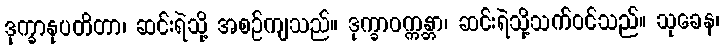
ဒုက္ခာနုပတိတာ၊ ဆင်းရဲသို့ အစဉ်ကျသည်။ ဒုက္ခာဝက္ကန္တာ၊ ဆင်းရဲသို့သက်ဝင်သည်။ သုခေန၊